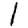
Digit: 1